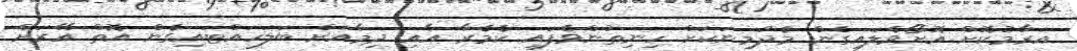
އަރާމުކޮށް އޮށޯވެލައިގެން މެދުމިނަކަށް ހިނިތުންވެފައި ކެމެރާ އާއި ދިމާއަށް ބަލަހައްޓައިގެން އޮތް އޭރަށް